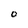
Character: 0